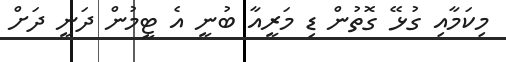
މިކަމާއި ގުޅޭ ގޮތުން ޑި މަރީއާ ބުނީ އެ ޓީމުން ދަނީ ދަށް